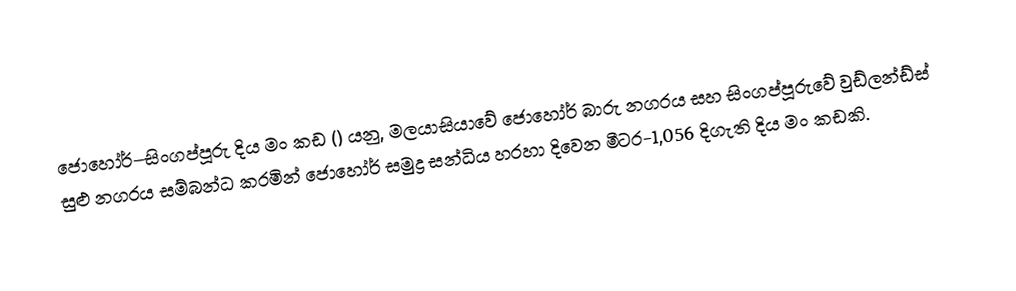
ජොහෝර්–සිංගප්පූරු දිය මං කඩ () යනු,   මලයාසියාවේ ජොහෝර් බාරු නගරය සහ  සිංගප්පූරුවේ වුඩ්ලන්ඩ්ස් සුළු නගරය සම්බන්ධ කරමින් ජොහෝර් සමුද්‍ර සන්ධිය හරහා දිවෙන මීටර-1,056  දිගැති දිය මං කඩකි.